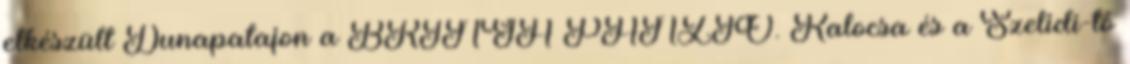
elkészült Dunapatajon a BRINGA PANZIÓ. Kalocsa és a Szelidi-tó